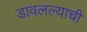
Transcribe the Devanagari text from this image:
डावलल्याची